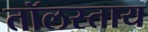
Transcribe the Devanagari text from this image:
तॉलस्ताय